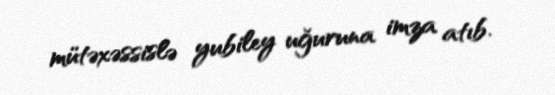
mütəxəssislə yubiley uğuruna imza atıb.